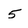
Character: 5